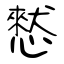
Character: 憖